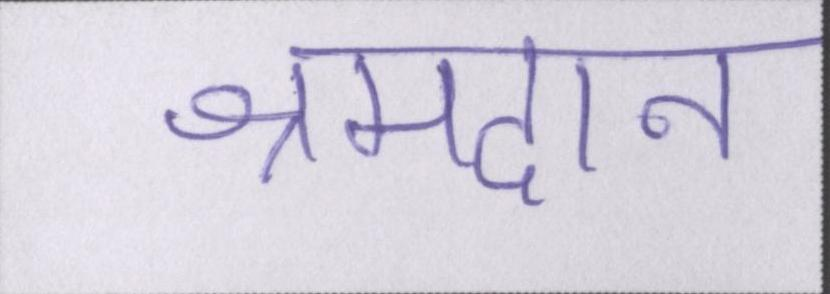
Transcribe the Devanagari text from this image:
श्रमदान